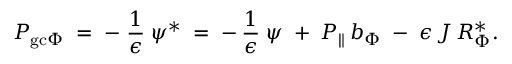
P _ { \mathrm { g c } \Phi } \; = \; - \; \frac { 1 } { \epsilon } \; \psi ^ { * } \; = \; - \, \frac { 1 } { \epsilon } \; \psi \; + \; P _ { \| } \, b _ { \Phi } \; - \; \epsilon \, J \, { \cal R } _ { \Phi } ^ { * } .